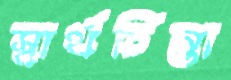
স্বার্থচিন্তা